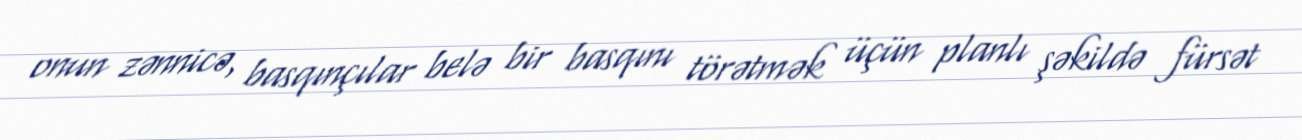
onun zənnicə, basqınçılar belə bir basqını törətmək üçün planlı şəkildə fürsət